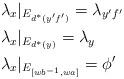
\begin{align*}&\lambda_x|_{E_{d^*(y'f')}}=\lambda_{y'f'} \\&\lambda_x|_{E_{d^*(y)}} = \lambda_y \\&\lambda_x|_{E_{[wb^{-1}, wa]}}= \phi'\end{align*}